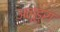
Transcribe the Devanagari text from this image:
अलूड्रा